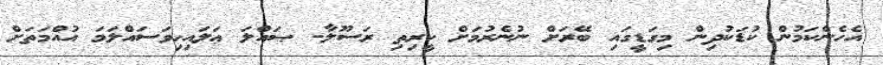
އެހެންކަމުން ކުޑަކުދިން މިގަޑީގައި ބޭރަށް ނުނެރުމަށް ކީރިތި ރަސޫލާ- ޞައްލަ ޢަލައިހިވަސައްލަމަ އުއްމަތަށް